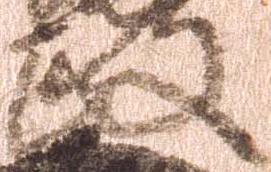
政